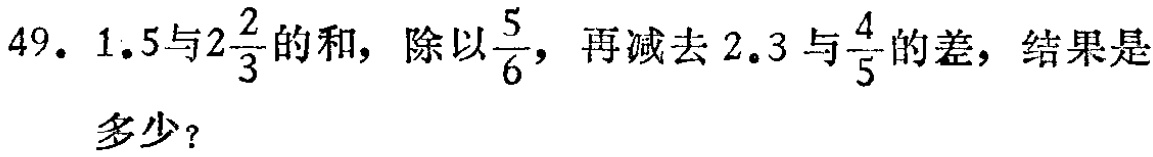
49. $1.5$与$2\frac{2}{3}$的和，除以$\frac{5}{6}$，再减去$2.3$与$\frac{4}{5}$的差，结果是多少？